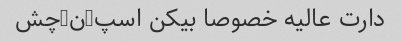
دارت عالیه خصوصا بیکن اسپ-ن-چش